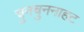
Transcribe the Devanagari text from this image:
चुनचुननाहट